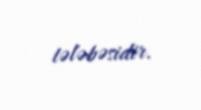
tələbəsidir.